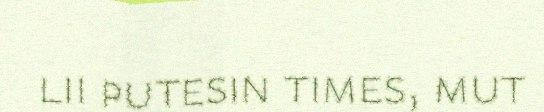
lii putesin times, mut